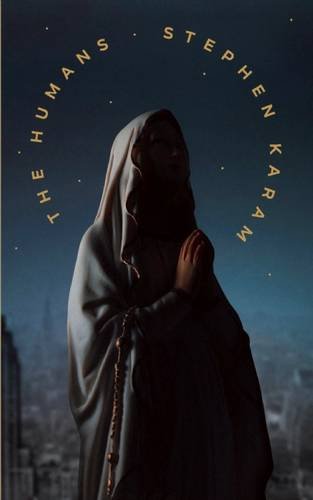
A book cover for The Humans; Stephen Karam; Politics & Social Sciences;